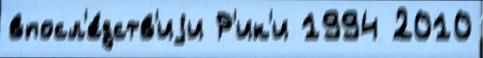
впосл'е́дств'иjи Р'ик'и 1994 2010